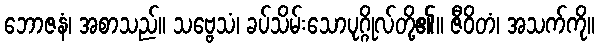
ဘောဇနံ၊ အစာသည်။ သဗ္ဗေသံ၊ ခပ်သိမ်းသောပုဂ္ဂိုလ်တို့၏။ ဇီဝိတံ၊ အသက်ကို။